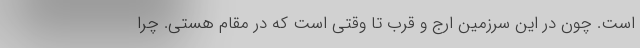
است. چون در این سرزمین ارج و قرب تا وقتی است که در مقام هستی. چرا